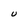
Character: U